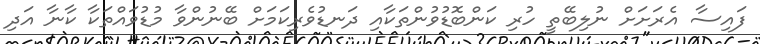
ފައިސާ އެރަށަށް ނުލިބޭތީ ހުރި ކަންބޮޑުވުންތަކާއިި ދަނޑުވެރިކަމަށް ބޭނުންވާ މުޑުވައްތަކާ ކާނާ އަދި